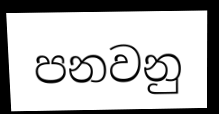
පනවනු